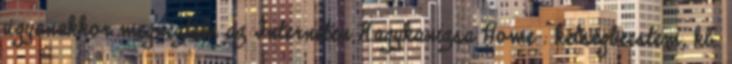
ugyanakkor megnéztem az Interneten Nagykanizsa Home . kétségbeestem, kb.